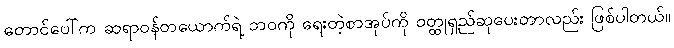
တောင်ပေါ်က ဆရာဝန်တယောက်ရဲ့ ဘဝကို ရေးတဲ့စာအုပ်ကို ဝတ္ထုရှည်ဆုပေးတာလည်း ဖြစ်ပါတယ်။